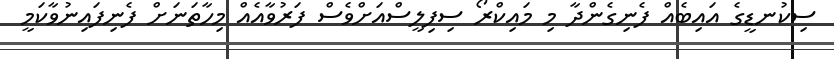
ސިކުނޑީގެ އައިބެއް ފެނިގެންދާ މި މައިކްރޯ ސިފިލީސްއަށްވެސް ފަރުވާއެއް މިހާތަނަށް ފެނިފައިނުވާކަމީ